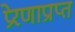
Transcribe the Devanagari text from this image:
प्रेरणाप्राप्त